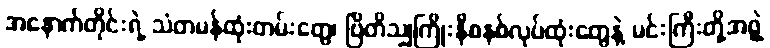
အနောက်တိုင်းရဲ့ သံတမန်ထုံးတမ်းတွေ၊ ဗြိတိသျှကြိုးနီစနစ်လုပ်ထုံးတွေနဲ့ မင်းကြီးတို့အဖွဲ့